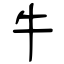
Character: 牛